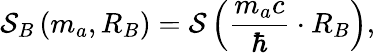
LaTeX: \mathcal S_{B}\left(m_{a},R_{B}\right)=\mathcal S\left(\frac{m_{a}c}{\hbar}\cdot R_{B}\right),